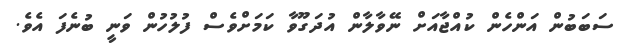
ސަބަބުން އަންހެން ކުއްޖާއަށް ނޭވާލާން އުދަގޫވާ ކަމަށްވެސް ފުލުހުން ވަނީ ބުނެފަ އެވެ.